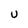
Character: U